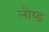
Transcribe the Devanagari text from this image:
लौय्ड